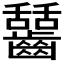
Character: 𪙬